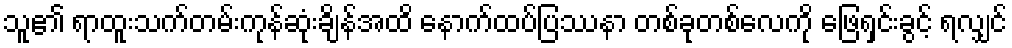
သူ၏ ရာထူးသက်တမ်းကုန်ဆုံးချိန်အထိ နောက်ထပ်ပြဿနာ တစ်ခုတစ်လေကို ဖြေရှင်းခွင့် ရလျှင်